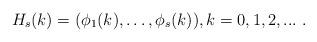
LaTeX: \begin{align*} H_s(k)= (\phi_{1}(k),\ldots ,\phi_{s}(k)), k=0,1,2,... \;.\end{align*}